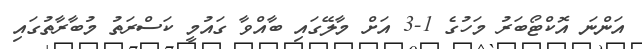
އަންނަ އޮކްޓޯބަރު މަހުގެ 1-3 އަށް މާލޭގައި ބާއްވާ ގައުމީ ކަސްރަތު މުބާރާތުގައި